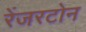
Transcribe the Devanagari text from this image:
रेंजरटोन